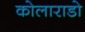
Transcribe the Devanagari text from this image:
कोलाराडो